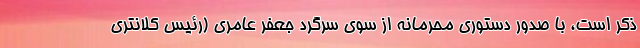
ذکر است، با صدور دستوری محرمانه از سوی سرگرد جعفر عامری (رئیس کلانتری